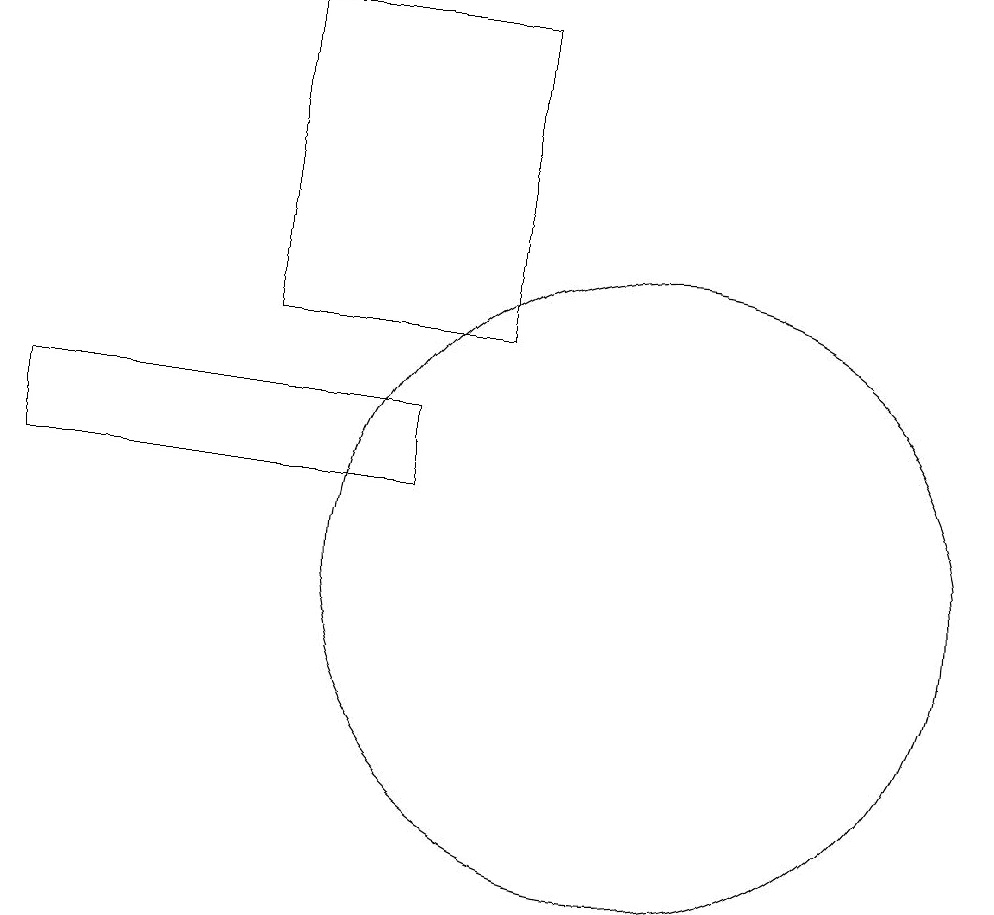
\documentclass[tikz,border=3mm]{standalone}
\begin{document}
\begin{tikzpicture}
\draw (7,12) rectangle (2,13);
\draw (8,18) rectangle (5,14);
\draw (4,15) rectangle (4,15);
\draw (10,11) circle (4);
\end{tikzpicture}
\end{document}